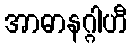
အာဓာနဂ္ဂါဟီ